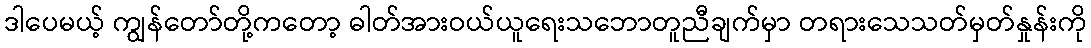
ဒါပေမယ့် ကျွန်တော်တို့ကတော့ ဓါတ်အားဝယ်ယူရေးသဘောတူညီချက်မှာ တရားသေသတ်မှတ်နှုန်းကို